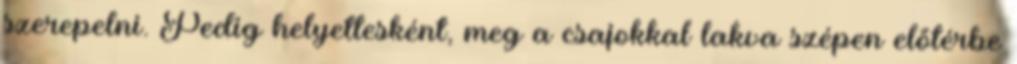
szerepelni. Pedig helyettesként, meg a csajokkal lakva szépen előtérbe